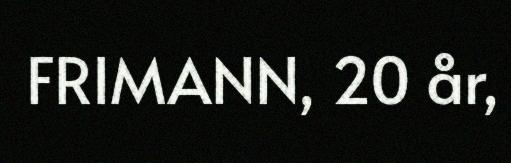
FRIMANN, 20 år,